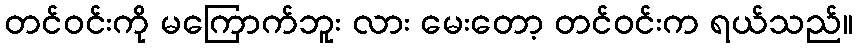
တင်ဝင်းကို မကြောက်ဘူး လား မေးတော့ တင်ဝင်းက ရယ်သည်။